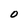
Character: O